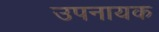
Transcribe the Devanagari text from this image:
उपनायक